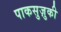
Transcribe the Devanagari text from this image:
पाकसुज़ुकी